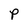
Character: P